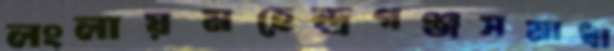
লংলায়মহেন্দ্রগঞ্জসমাধা